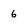
Character: 6